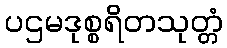
ပဌမဒုစ္စရိတသုတ္တံ